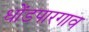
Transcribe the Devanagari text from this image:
धोंडपारगाव